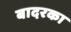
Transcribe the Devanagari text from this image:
बादरका